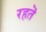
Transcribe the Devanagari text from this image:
रहतॆ